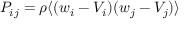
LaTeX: P _ { i j } = \rho \langle ( w _ { i } - V _ { i } ) ( w _ { j } - V _ { j } ) \rangle